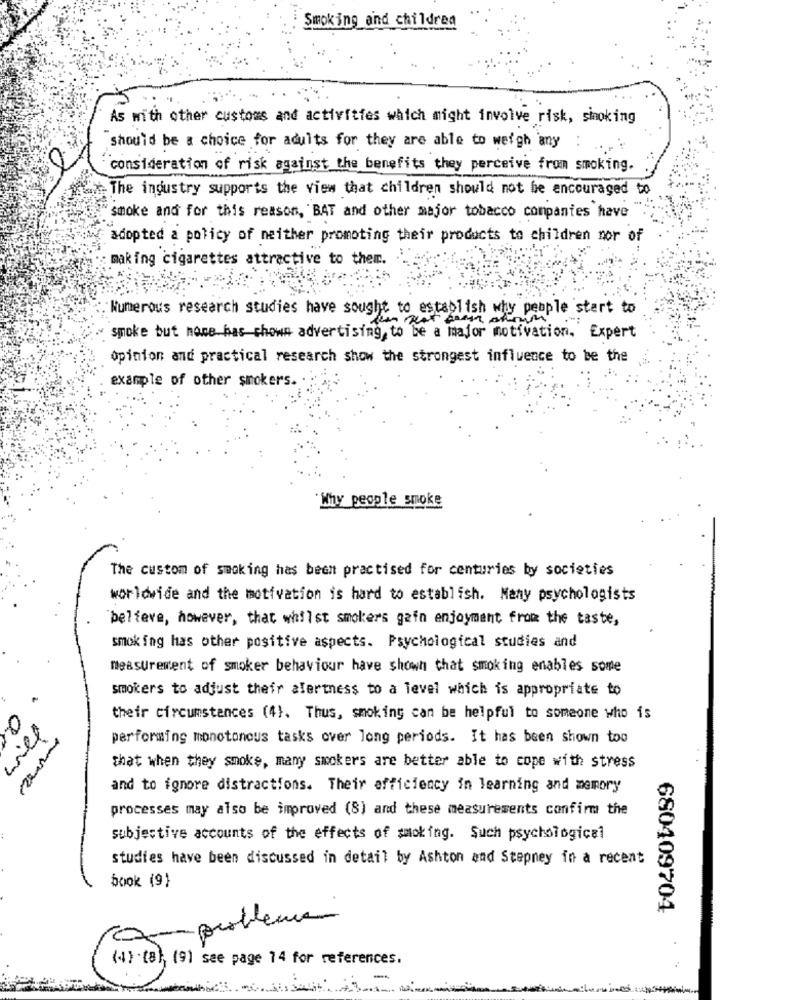
Smoking and children
As with other customs and activities which might involve risk, smoking
Should be a choice for adults for they are able to weigh any
consideration of risk against the benefits they perceive from smoking.
The industry supports the view that children should not be encouraged to
"smoke and for this reason, BAT and other major tobacco companies have
adopted a policy of neither promoting their products to children mor of
making cigarettes attractive to ther.
Numerous research studies have sought to establish why people start to
smoke but hace has shown advertising, to be a major motivation, Expert
opinion and practical research show the strongest influence to be the
example of other smokers. .
`Why people smoke
The custom of smoking has been practised for centuries by societies
worldwide and the motivation is hard to establish. Many psychologists
believe, however, that whilst smokers gain enjoyment from the taste,
smoking has other positive aspects. Psychological studies and
measurement of smoker behaviour have shown that smoking enables some
smokers to adjust thefr alertness to a level which is appropriate to
their circumstances (4). Thus, smoking can be helpful to someone who is
wiet
performing monotonous tasks over long periods. It has been shown too
that when they smoke, many smokers are better able to cope with stress
and to ignore distractions. Their efficiency in learning and memory
processes may also be improved (8) and these measurements confirm the
subjective accounts of the effects of smoking. Such psychological
studies have been discussed in detail by Ashton and Stepney in a recent
book (9)
680409704
problema
(4) ta), (9) see page 14 for references.